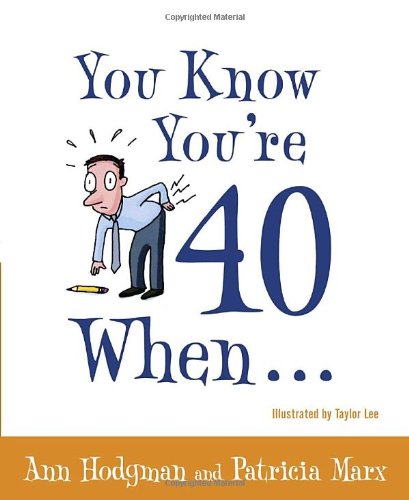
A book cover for You Know You're 40 When...; Ann Hodgman; Humor & Entertainment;